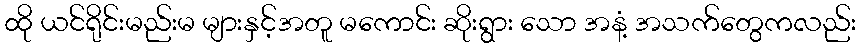
ထို ယင်ရိုင်းမည်းမ များနှင့်အတူ မကောင်း ဆိုးရွား သော အနံ့ အသက်တွေကလည်း